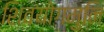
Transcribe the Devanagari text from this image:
शिवयोगमुनि